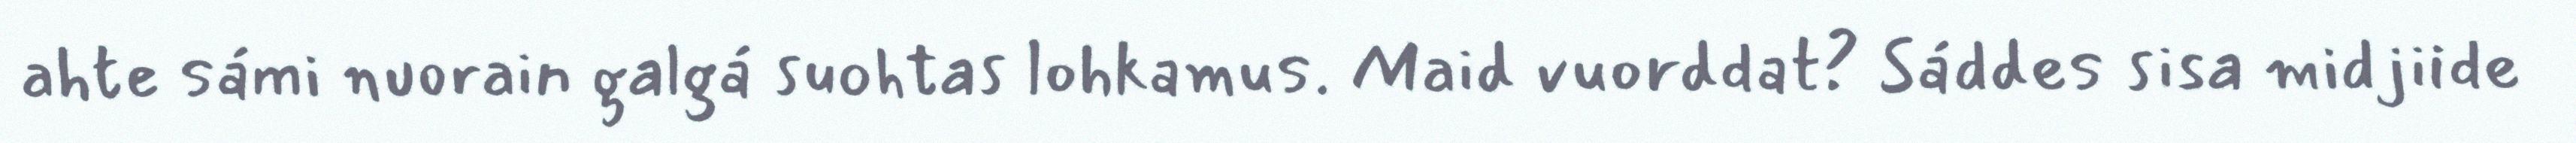
ahte sámi nuorain galgá suohtas lohkamus. Maid vuorddat? Sáddes sisa midjiide